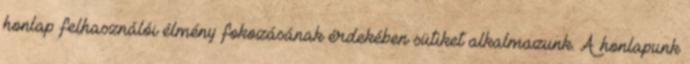
honlap felhasználói élmény fokozásának érdekében sütiket alkalmazunk. A honlapunk